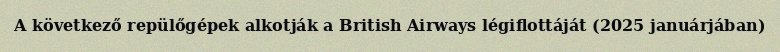
A következő repülőgépek alkotják a British Airways légiflottáját (2025 januárjában)